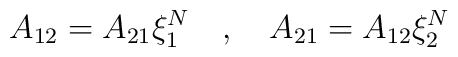
A_{12}=A_{21}\xi _{1}^{N}\quad ,\quad A_{21}=A_{12}\xi _{2}^{N}